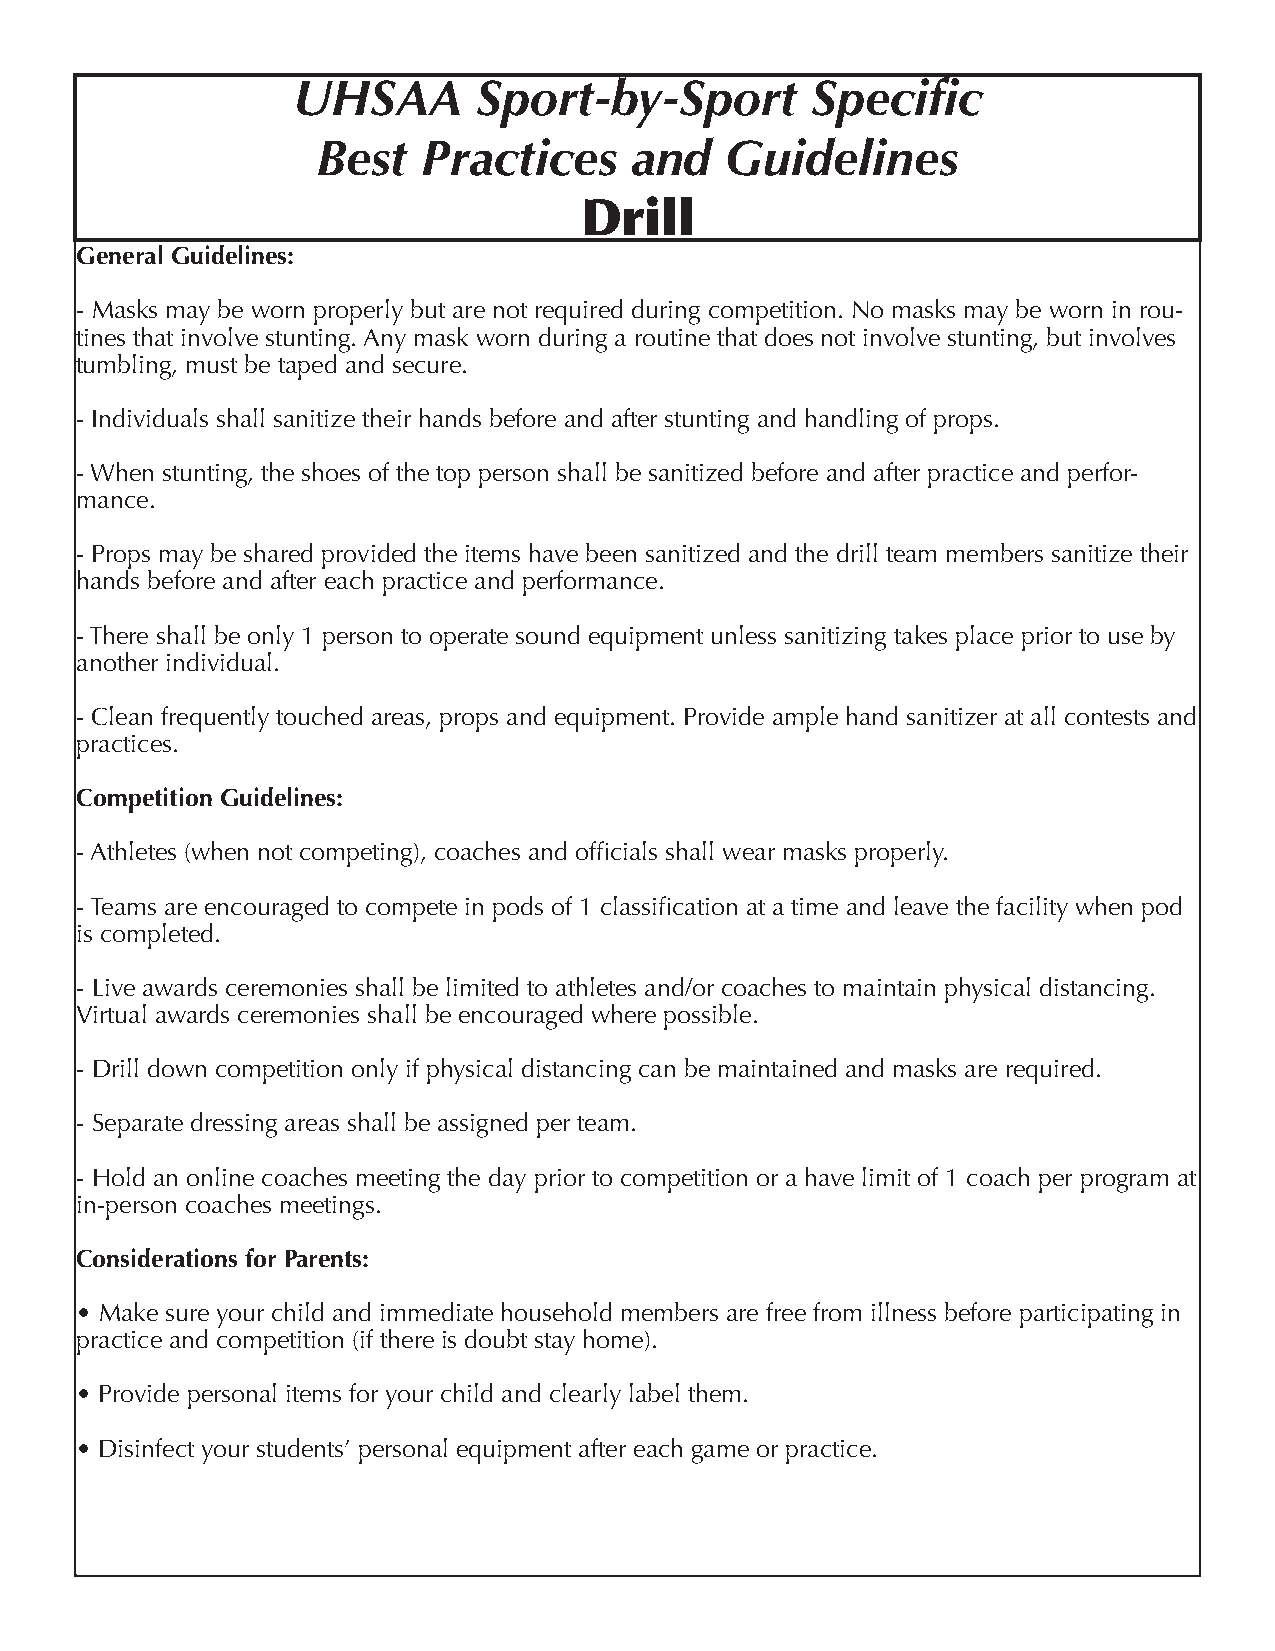
UHSAA        Sport-by-Sport        Specific
 Best   Practices     and   Guidelines
 Drill
 General Guidelines:
 - Masks may be worn properly but are not required during competition. No masks may be worn in rou-
 tines that involve stunting. Any mask worn during a routine that does not involve stunting, but involves
 tumbling, must be taped and secure.
 - Individuals shall sanitize their hands before and after stunting and handling of props.
 - When stunting, the shoes of the top person shall be sanitized before and after practice and perfor-
 mance.
 - Props may be shared provided the items have been sanitized and the drill team members sanitize their
 hands before and after each practice and performance.
 - There shall be only 1 person to operate sound equipment unless sanitizing takes place prior to use by
 another individual.
 - Clean frequently touched areas, props and equipment. Provide ample hand sanitizer at all contests and
 practices.
 Competition Guidelines:
 - Athletes (when not competing), coaches and officials shall wear masks properly.
 - Teams are encouraged to compete in pods of 1 classification at a time and leave the facility when pod
 is completed.
 - Live awards ceremonies shall be limited to athletes and/or coaches to maintain physical distancing.
 Virtual awards ceremonies shall be encouraged where possible.
 - Drill down competition only if physical distancing can be maintained and masks are required.
 - Separate dressing areas shall be assigned per team.
 - Hold an online coaches meeting the day prior to competition or a have limit of 1 coach per program at
 in-person coaches meetings.
 Considerations for Parents:
 • Make sure your child and immediate household members are free from illness before participating in
 practice and competition (if there is doubt stay home).
 • Provide personal items for your child and clearly label them.
 • Disinfect your students’ personal equipment after each game or practice.